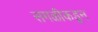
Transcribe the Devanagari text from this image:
सगळीकडून